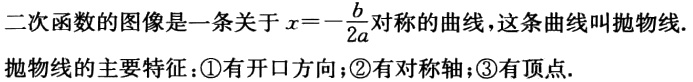
二次函数的图像是一条关于\(x = -\frac{b}{2a}\)对称的曲线，这条曲线叫抛物线.
抛物线的主要特征：\textcircled{1}有开口方向；\textcircled{2}有对称轴；\textcircled{3}有顶点.